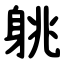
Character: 䠷